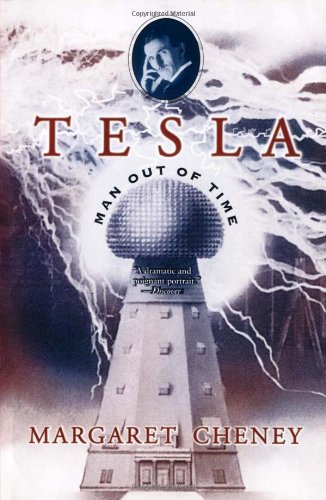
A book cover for Tesla: Man Out of Time; Margaret Cheney; Biographies & Memoirs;